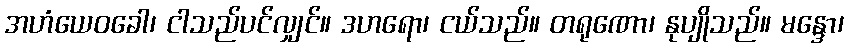
အဟံယေဝခေါ၊ ငါသည်ပင်လျှင်။ ဒဟရော၊ ငယ်သည်။ တရုဏော၊ နုပျိုသည်။ မန္ဒော၊